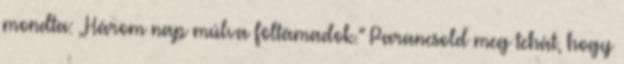
mondta: ,,Három nap múlva föltámadok.'' Parancsold meg tehát, hogy